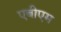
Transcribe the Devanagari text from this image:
एबीएम